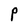
Character: P